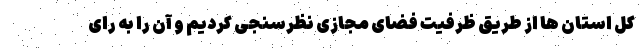
کل استان ها از طریق ظرفیت فضای مجازی نظرسنجی کردیم و آن را به رای